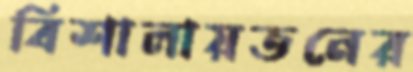
বিশালায়তনের